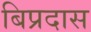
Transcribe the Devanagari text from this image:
बिप्रदास